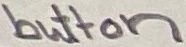
Text: button